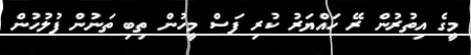
މީގެ އިތުރުން ރޭ ހައްޔަރު ކުރި ފަސް މީހުން ތިބި ތަނުން ފުލުހުން